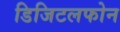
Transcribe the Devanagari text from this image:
डिजिटलफोन